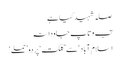
صلہ شہید کیا ہے
تب وتاپ جاودانہ
اسلام آباد‘ سے ’گلگت‘ پر دو ’حملے ‘